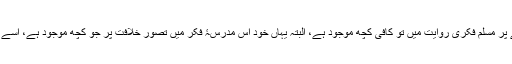
خلافت کے دینی اصطلاح ہونے پر مسلم فکری روایت میں تو کافی کچھ موجود ہے، البتہ یہاں خود اس مدرسۂ فکر میں تصورِ خلافت پر جو کچھ موجود ہے، اسے ان سطور میں پیش کیا جاتا ہے۔